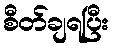
စီတ်ချရပြီး